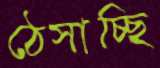
ঠেসাচ্ছি